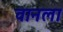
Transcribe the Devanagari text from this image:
वानला